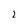
Character: 2